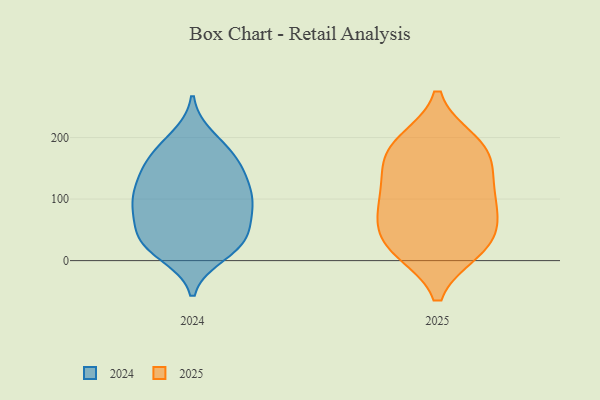
{"axis": {"x": "Temperature (°C)", "y": "Value"}, "legend": ["2024", "2025"], "data": [{"x": "", "y": 74, "type": "2025"}, {"x": "", "y": 18, "type": "2025"}, {"x": "", "y": 22, "type": "2025"}, {"x": "", "y": 79, "type": "2025"}, {"x": "", "y": 180, "type": "2025"}, {"x": "", "y": 127, "type": "2025"}, {"x": "", "y": 185, "type": "2025"}, {"x": "", "y": 21, "type": "2025"}, {"x": "", "y": 123, "type": "2025"}, {"x": "", "y": 166, "type": "2025"}, {"x": "", "y": 95, "type": "2025"}, {"x": "", "y": 44, "type": "2025"}, {"x": "", "y": 192, "type": "2025"}, {"x": "", "y": 151, "type": "2024"}, {"x": "", "y": 122, "type": "2024"}, {"x": "", "y": 171, "type": "2024"}, {"x": "", "y": 88, "type": "2024"}, {"x": "", "y": 67, "type": "2024"}, {"x": "", "y": 152, "type": "2024"}, {"x": "", "y": 199, "type": "2024"}, {"x": "", "y": 111, "type": "2024"}, {"x": "", "y": 25, "type": "2024"}, {"x": "", "y": 11, "type": "2024"}, {"x": "", "y": 86, "type": "2024"}, {"x": "", "y": 76, "type": "2024"}, {"x": "", "y": 185, "type": "2024"}, {"x": "", "y": 22, "type": "2024"}, {"x": "", "y": 36, "type": "2024"}, {"x": "", "y": 31, "type": "2024"}, {"x": "", "y": 38, "type": "2024"}, {"x": "", "y": 101, "type": "2024"}, {"x": "", "y": 109, "type": "2024"}, {"x": "", "y": 151, "type": "2024"}]}